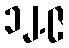
၁၂.၉